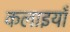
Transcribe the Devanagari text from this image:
कलाइयाँ